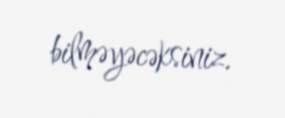
bilməyəcəksiniz.